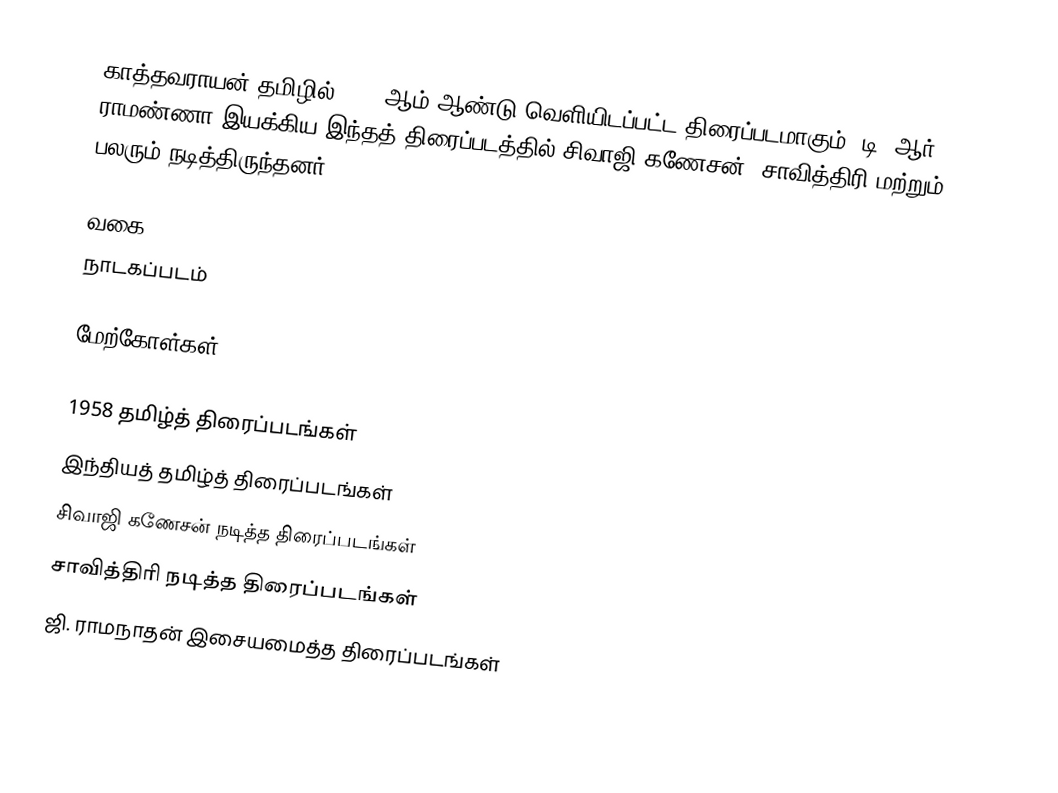
காத்தவராயன் தமிழில் 1958 ஆம் ஆண்டு வெளியிடப்பட்ட திரைப்படமாகும். டி. ஆர். ராமண்ணா இயக்கிய இந்தத் திரைப்படத்தில் சிவாஜி கணேசன், சாவித்திரி மற்றும் பலரும் நடித்திருந்தனர்.

வகை
நாடகப்படம்

மேற்கோள்கள்

1958 தமிழ்த் திரைப்படங்கள்
இந்தியத் தமிழ்த் திரைப்படங்கள்
சிவாஜி கணேசன் நடித்த திரைப்படங்கள்
சாவித்திரி நடித்த திரைப்படங்கள்
ஜி. ராமநாதன் இசையமைத்த திரைப்படங்கள்